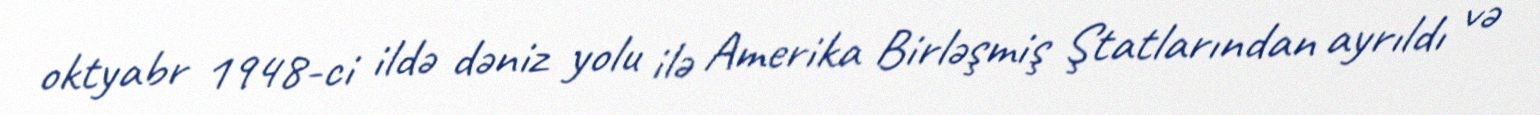
oktyabr 1948-ci ildə dəniz yolu ilə Amerika Birləşmiş Ştatlarından ayrıldı və